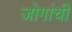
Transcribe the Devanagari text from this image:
जोगांची